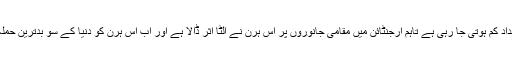
جنوبی یورپ اور افریقہ میں ان کی تعداد کم ہوتی جا رہی ہے تاہم ارجنٹائن میں مقامی جانوروں پر اس ہرن نے الٹا اثر ڈالا ہے اور اب اس ہرن کو دنیا کے سو بدترین حملہ آور جانوروں میں شمار کیا جاتا ہے۔